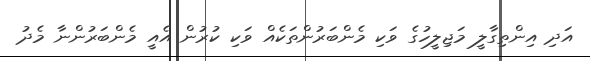
އަދި އިންތިގާލީ މަޖިލީހުގެ ވަކި މެންބަރުންތަކެއް ވަކި ކުރުން އެއީ މެންބަރުންނާ މެދު